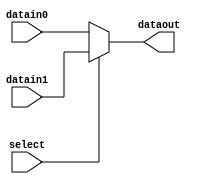
//2-1
module Mux_2_3 (select, datain0, datain1, dataout);
    input select;
    input [2:0] datain0, datain1;
    output reg [2:0] dataout;

    always @(*) begin
        if (select) 
            dataout <= datain1;
        else
            dataout <= datain0;
    end
endmodule